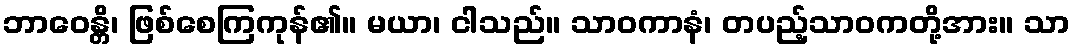
ဘာဝေန္တိ၊ ဖြစ်စေကြကုန်၏။ မယာ၊ ငါသည်။ သာဝကာနံ၊ တပည့်သာဝကတို့အား။ သာ